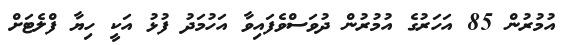
އުމުރުން 85 އަހަރުގެ އުމުރުން ދުވަސްވެފައިވާ އަހުމަދު ފުޅު އަކީ ހިޔާ ފްލެޓަށް